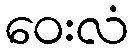
ဝေးလံ